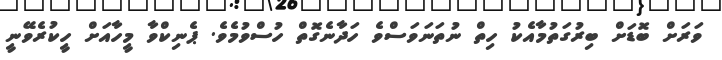
ވަރަށް ބޮޑަށް ބިރުގަތުމާއެކު ހިތް ނުތަނަވަސްވެ ހަދާނެގޮތް ހުސްވުމެވެ. ޕެނިކްވާ މީހާއަށް ހީކުރެވޭނީ